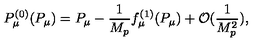
P _ { \mu } ^ { ( 0 ) } ( P _ { \mu } ) = P _ { \mu } - \frac { 1 } { M _ { p } } f _ { \mu } ^ { ( 1 ) } ( P _ { \mu } ) + { \cal O } ( \frac { 1 } { M _ { p } ^ { 2 } } ) ,